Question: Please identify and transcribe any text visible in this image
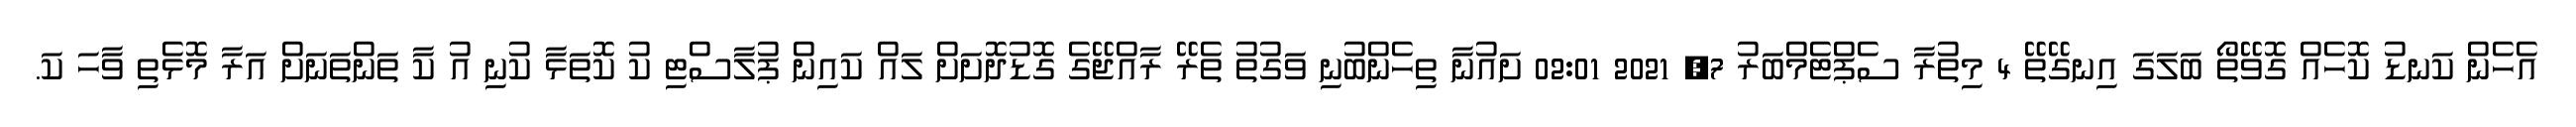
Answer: އެހެން ކަނޑު ކޮހެއް ގޮވޭތޯ ބަލަގަ އިނގޭތޭ 4 މިތުރާ ސެޕްޓެމްބަރު 7, 2021 02:01 ށައުނާ ތިހެންބުނި ވަގުތު ތެރޭ ރާއްޖޭގެ ގޮޑުދޮށަށް ލައް ކައިން ޕުލާސްޓި ކު ކޮތަޅާ ކުނި އު ކާ ތަންތަނަށް އަރާ މޮޅެތި ވާހަ ކަ.